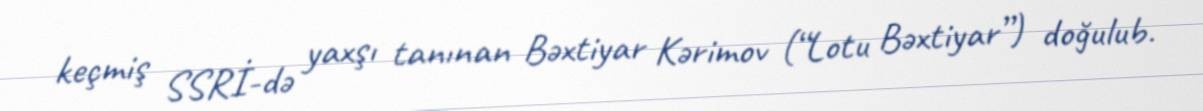
keçmiş SSRİ-də yaxşı tanınan Bəxtiyar Kərimov (“Lotu Bəxtiyar”) doğulub.